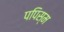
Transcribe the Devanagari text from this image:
पपिस्म